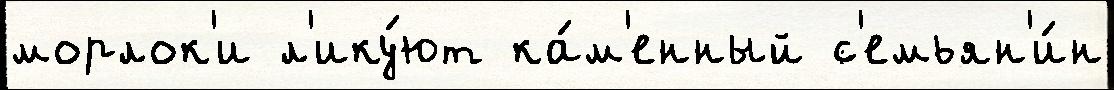
морлок'и л'ику́ют ка́м'енный с'емьян'и́н